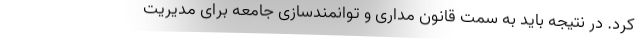
کرد. در نتیجه باید به سمت قانون مداری و توانمندسازی جامعه برای مدیریت